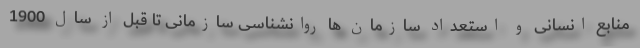
منابع انسانی و استعداد سازمان ها روانشناسی سازمانی تا قبل از سال 1900